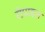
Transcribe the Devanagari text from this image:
रीप्राइज़